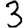
Digit: 3